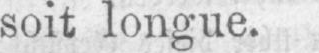
soit longue.